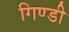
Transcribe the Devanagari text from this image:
गिण्डी